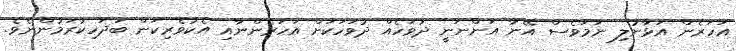
އަހަރެން އަޅާނުލި ނަމަވެސް އޭނާ އަންނަނީ ދުވަހެއް ދުވަހަކަށް އަހަރެންނާއި އެކުވެރިކަން ބަދަހިކުރަމުންނެވެ.